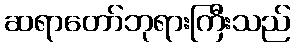
ဆရာတော်ဘုရားကြီးသည်